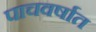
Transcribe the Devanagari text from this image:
पाचवर्षात